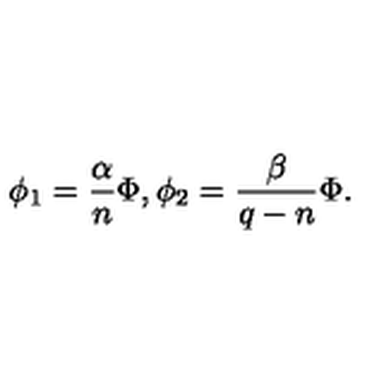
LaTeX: \phi _ { 1 } = \frac { \alpha } { n } \Phi , \phi _ { 2 } = \frac { \beta } { q - n } \Phi .